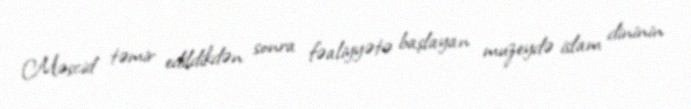
Məscid təmir edildikdən sonra fəaliyyətə başlayan muzeydə islam dininin